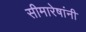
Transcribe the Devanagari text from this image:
सीमारेषांनी